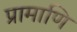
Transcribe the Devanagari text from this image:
प्रामाणि